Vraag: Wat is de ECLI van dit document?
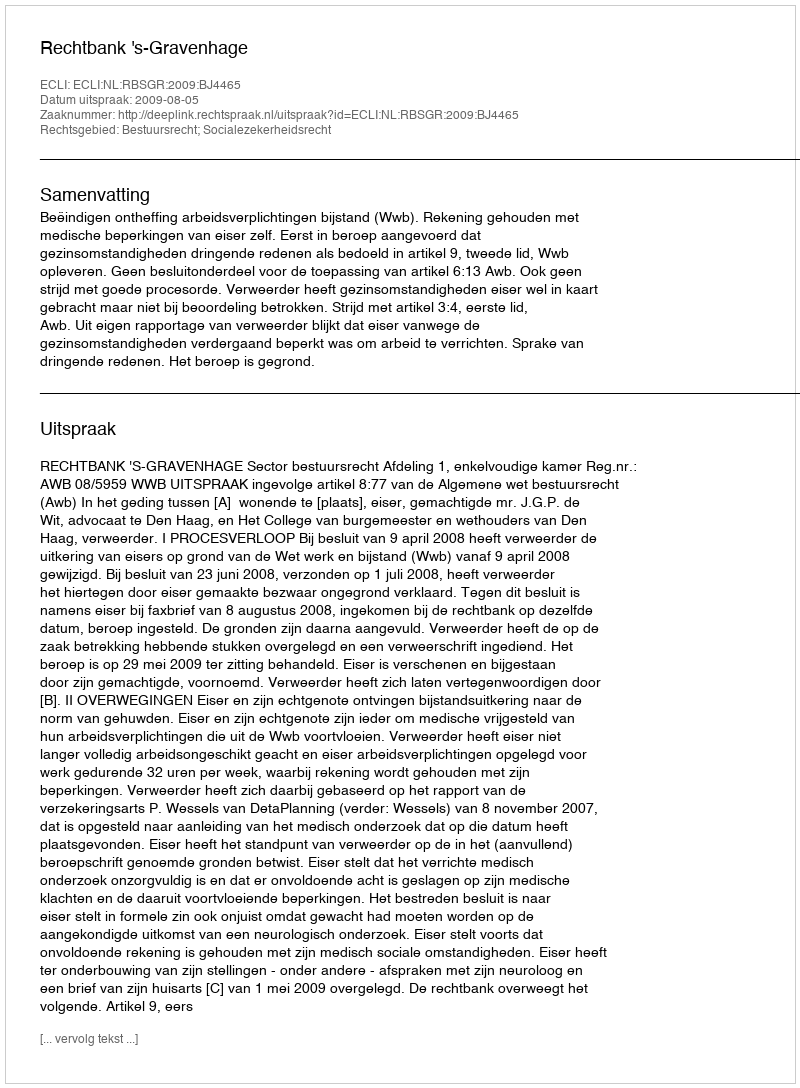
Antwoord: ECLI:NL:RBSGR:2009:BJ4465